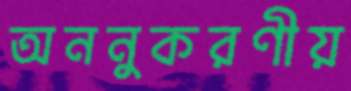
অননুকরণীয়